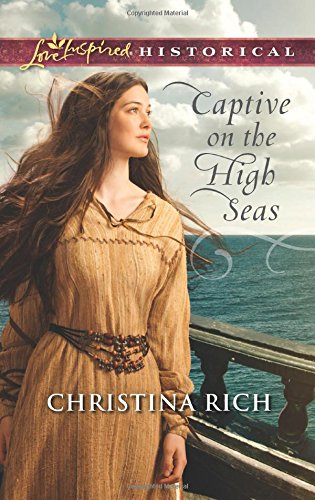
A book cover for Captive on the High Seas (Love Inspired Historical); Christina Rich; Romance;